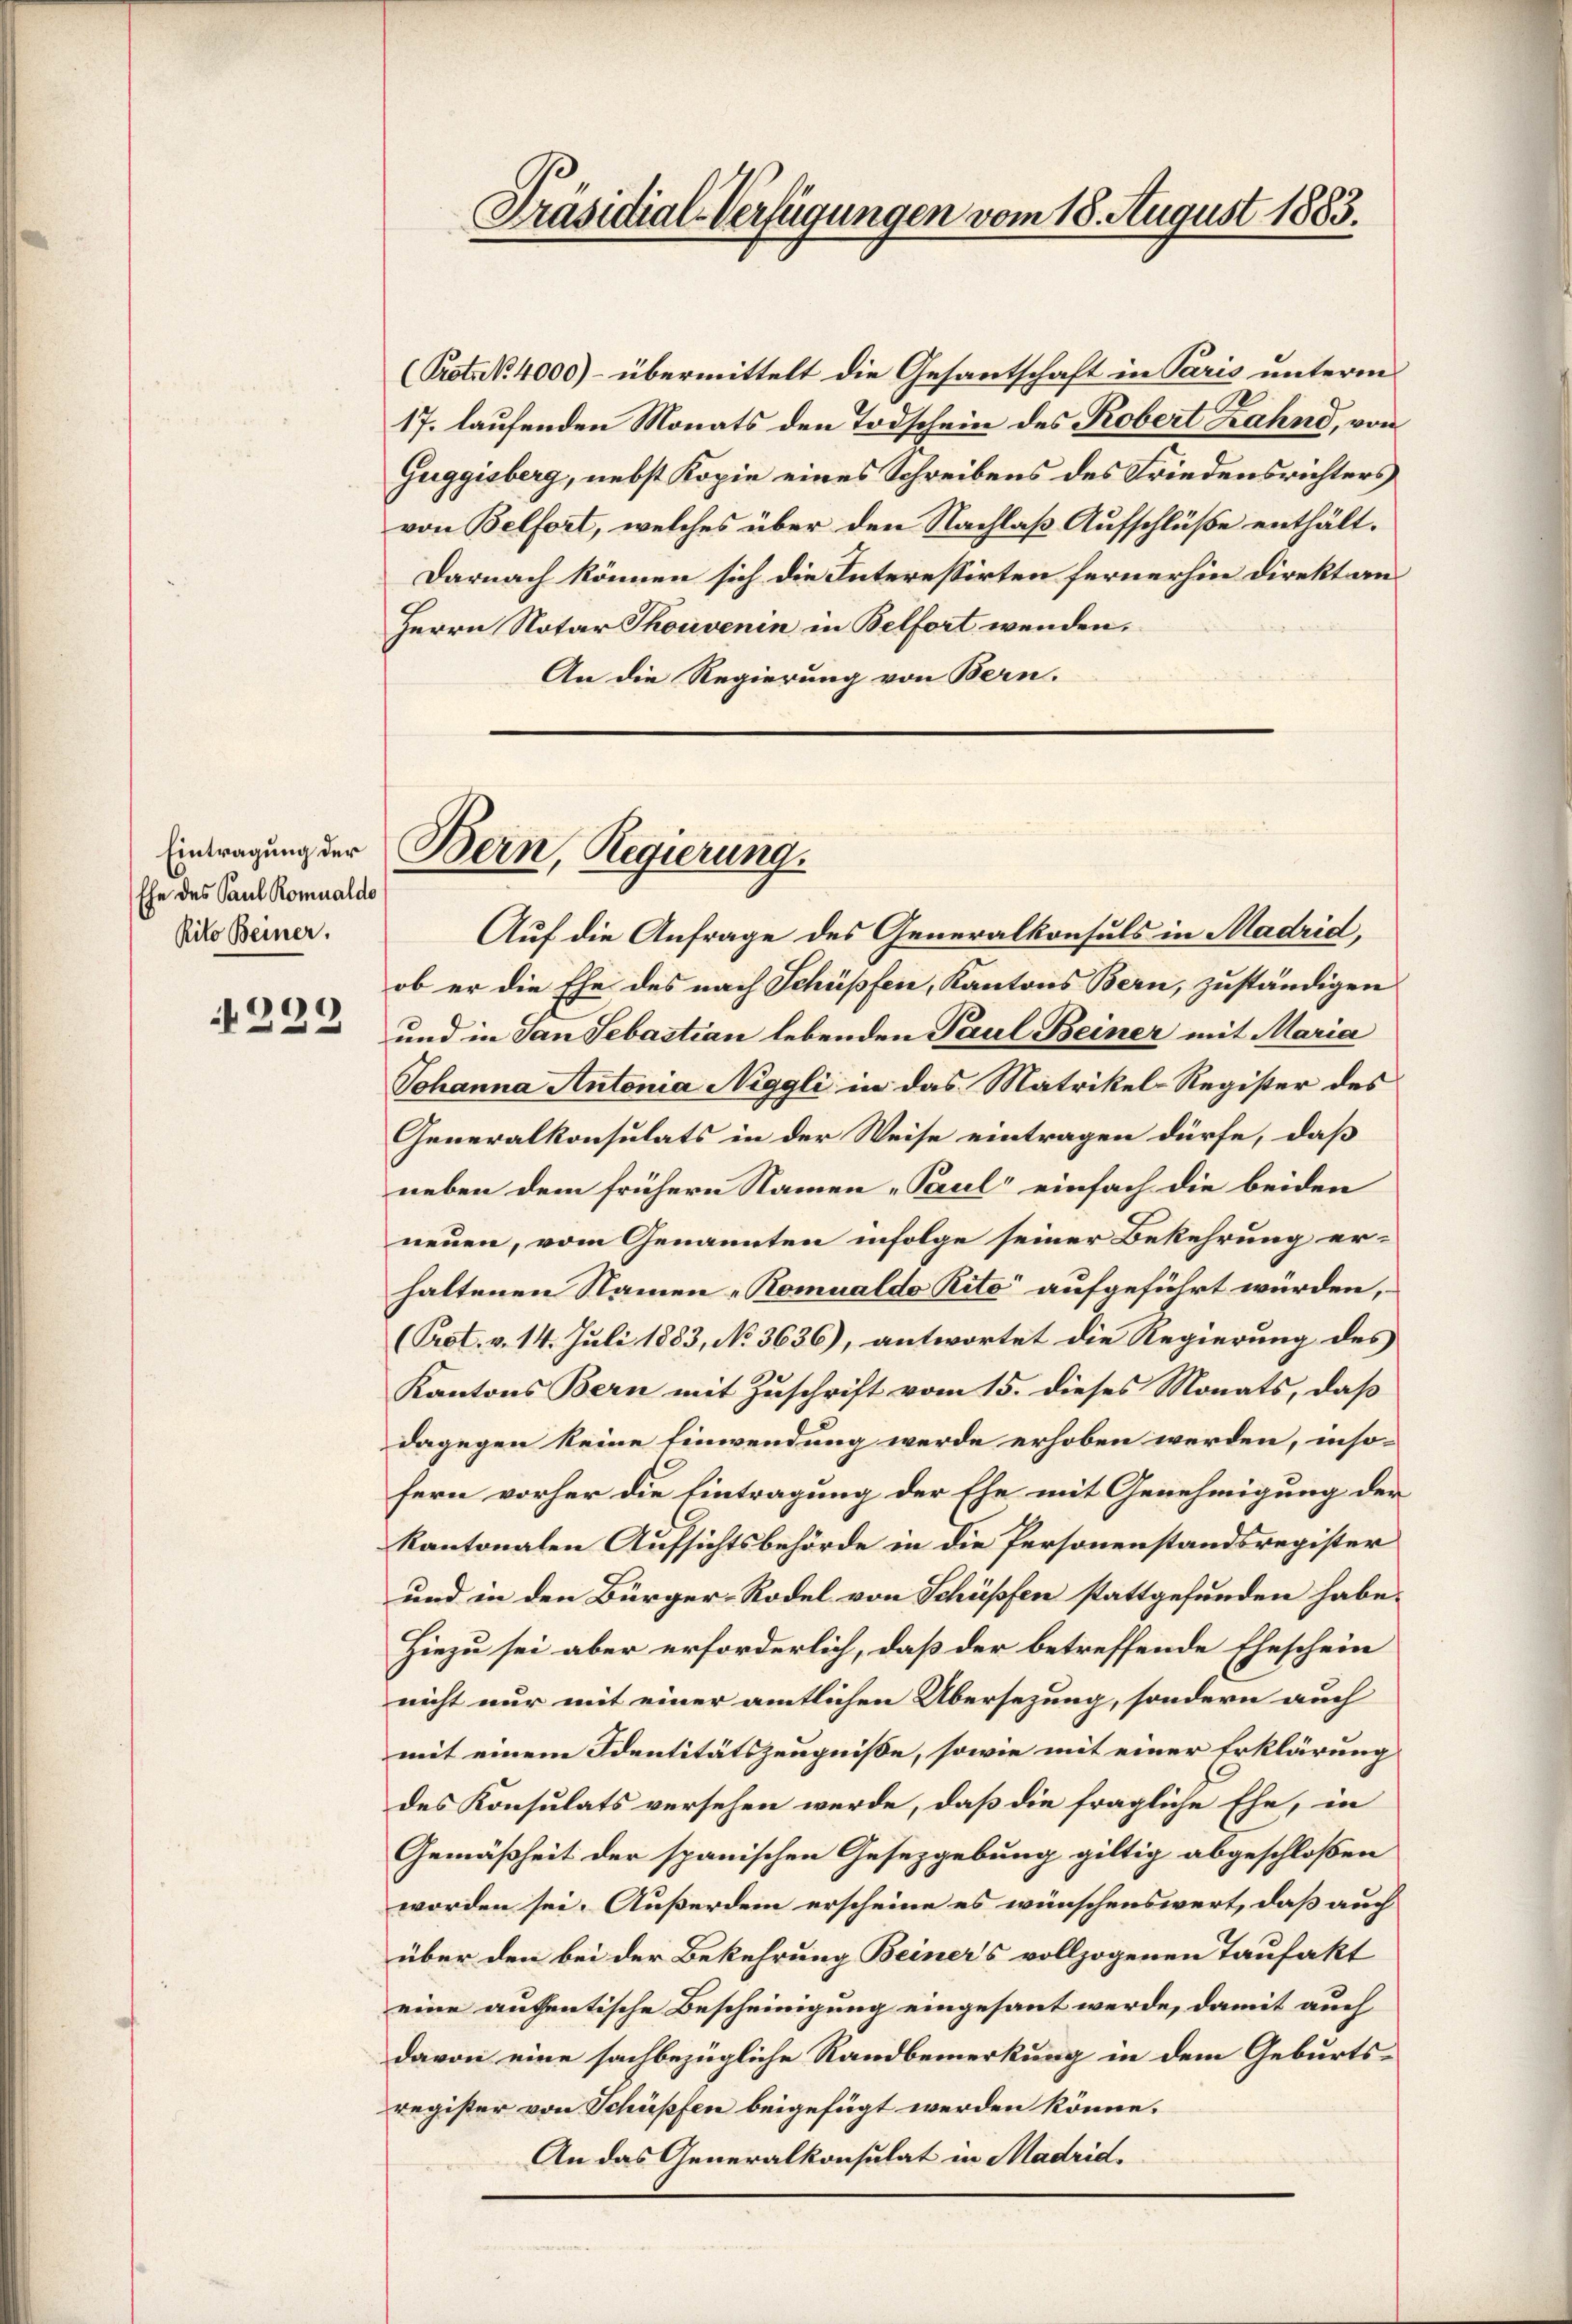
Ehe des Paul Komualdo
Rito Beiner.

229

Präsidial-Verfügungen vom 18. August 1883.

(Prot. N. 4000) - übermittelt die Gesantschaft in Paris unterm
17. laufenden Monats den Todschein des Robert Zahnd, von
Guggisberg, nebst Kopie eines Schreibens des Friedensrichters
von Belfort, welches über den Nachlaß Aufschlüße enthält¬
Darnach können sich die Interessirten fernerhin direkt an¬
Herrn Notar Thouvenin in Belfort wenden.
An die Regierung von Bern.

Eintragung der Bern, Regierung.

Auf die Anfrage des Generalkonsuls in Madrid,
ob er die Ehe des nach Schüpfen, Kantons Bern, zuständigen
und in San Sebastian lebenden Paul Beiner mit Maria
Johanna Antonia Niggli in das Matrikel-Register des
Generalkonsulats in der Weise eintragen dürfe, daß
neben dem frühern Namen „Paul einfach die beiden
neuen, vom Genannten infolge seiner Bekehrung er-
haltenen Namen - Romualdo Rito“ aufgeführt würden,
(Prot. v. 14. Juli 1883, No 3636), antwortet die Regierung des
Kantons Bern mit Zuschrift vom 15. dieses Monats, daß
dagegen keine Einwendung werde erhoben werden, inso-
fern vorher die Eintragung der Ehe mit Genehmigung der
kantonalen Aufsichtsbehörde in die Personenstandsregister
und in den Bürger-Rodel von Schüpfen stattgefunden habe.
Hiezu sei aber erforderlich, daß der betreffende Eheschein
nicht nur mit einer amtlichen Übersezung, sondern auch
mit einem Identitätszeugniße, sowie mit einer Erklärung
des Konsulats versehen werde, daß die fragliche Ehe, in
Gemäßheit der spanischen Gesetzgebung giltig abgeschloßen
worden sei. Außerdem erscheine es wünschenswert, daß auch
über den bei der Bekehrung Beiners vollzogenen Taufakt
eine aufentische Bescheinigung eingesant werde, damit auch
davon eine sachbezügliche Randbemerkung in dem Geburts-
register von Schüpfen beigefügt werden könne.
An das Generalkonsulat in Madrid.